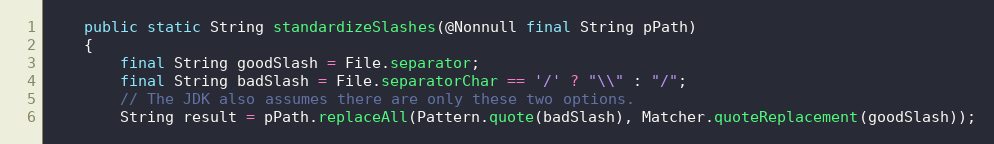
Language: Java
    public static String standardizeSlashes(@Nonnull final String pPath)
    {
        final String goodSlash = File.separator;
        final String badSlash = File.separatorChar == '/' ? "\\" : "/";
        // The JDK also assumes there are only these two options.
        String result = pPath.replaceAll(Pattern.quote(badSlash), Matcher.quoteReplacement(goodSlash));